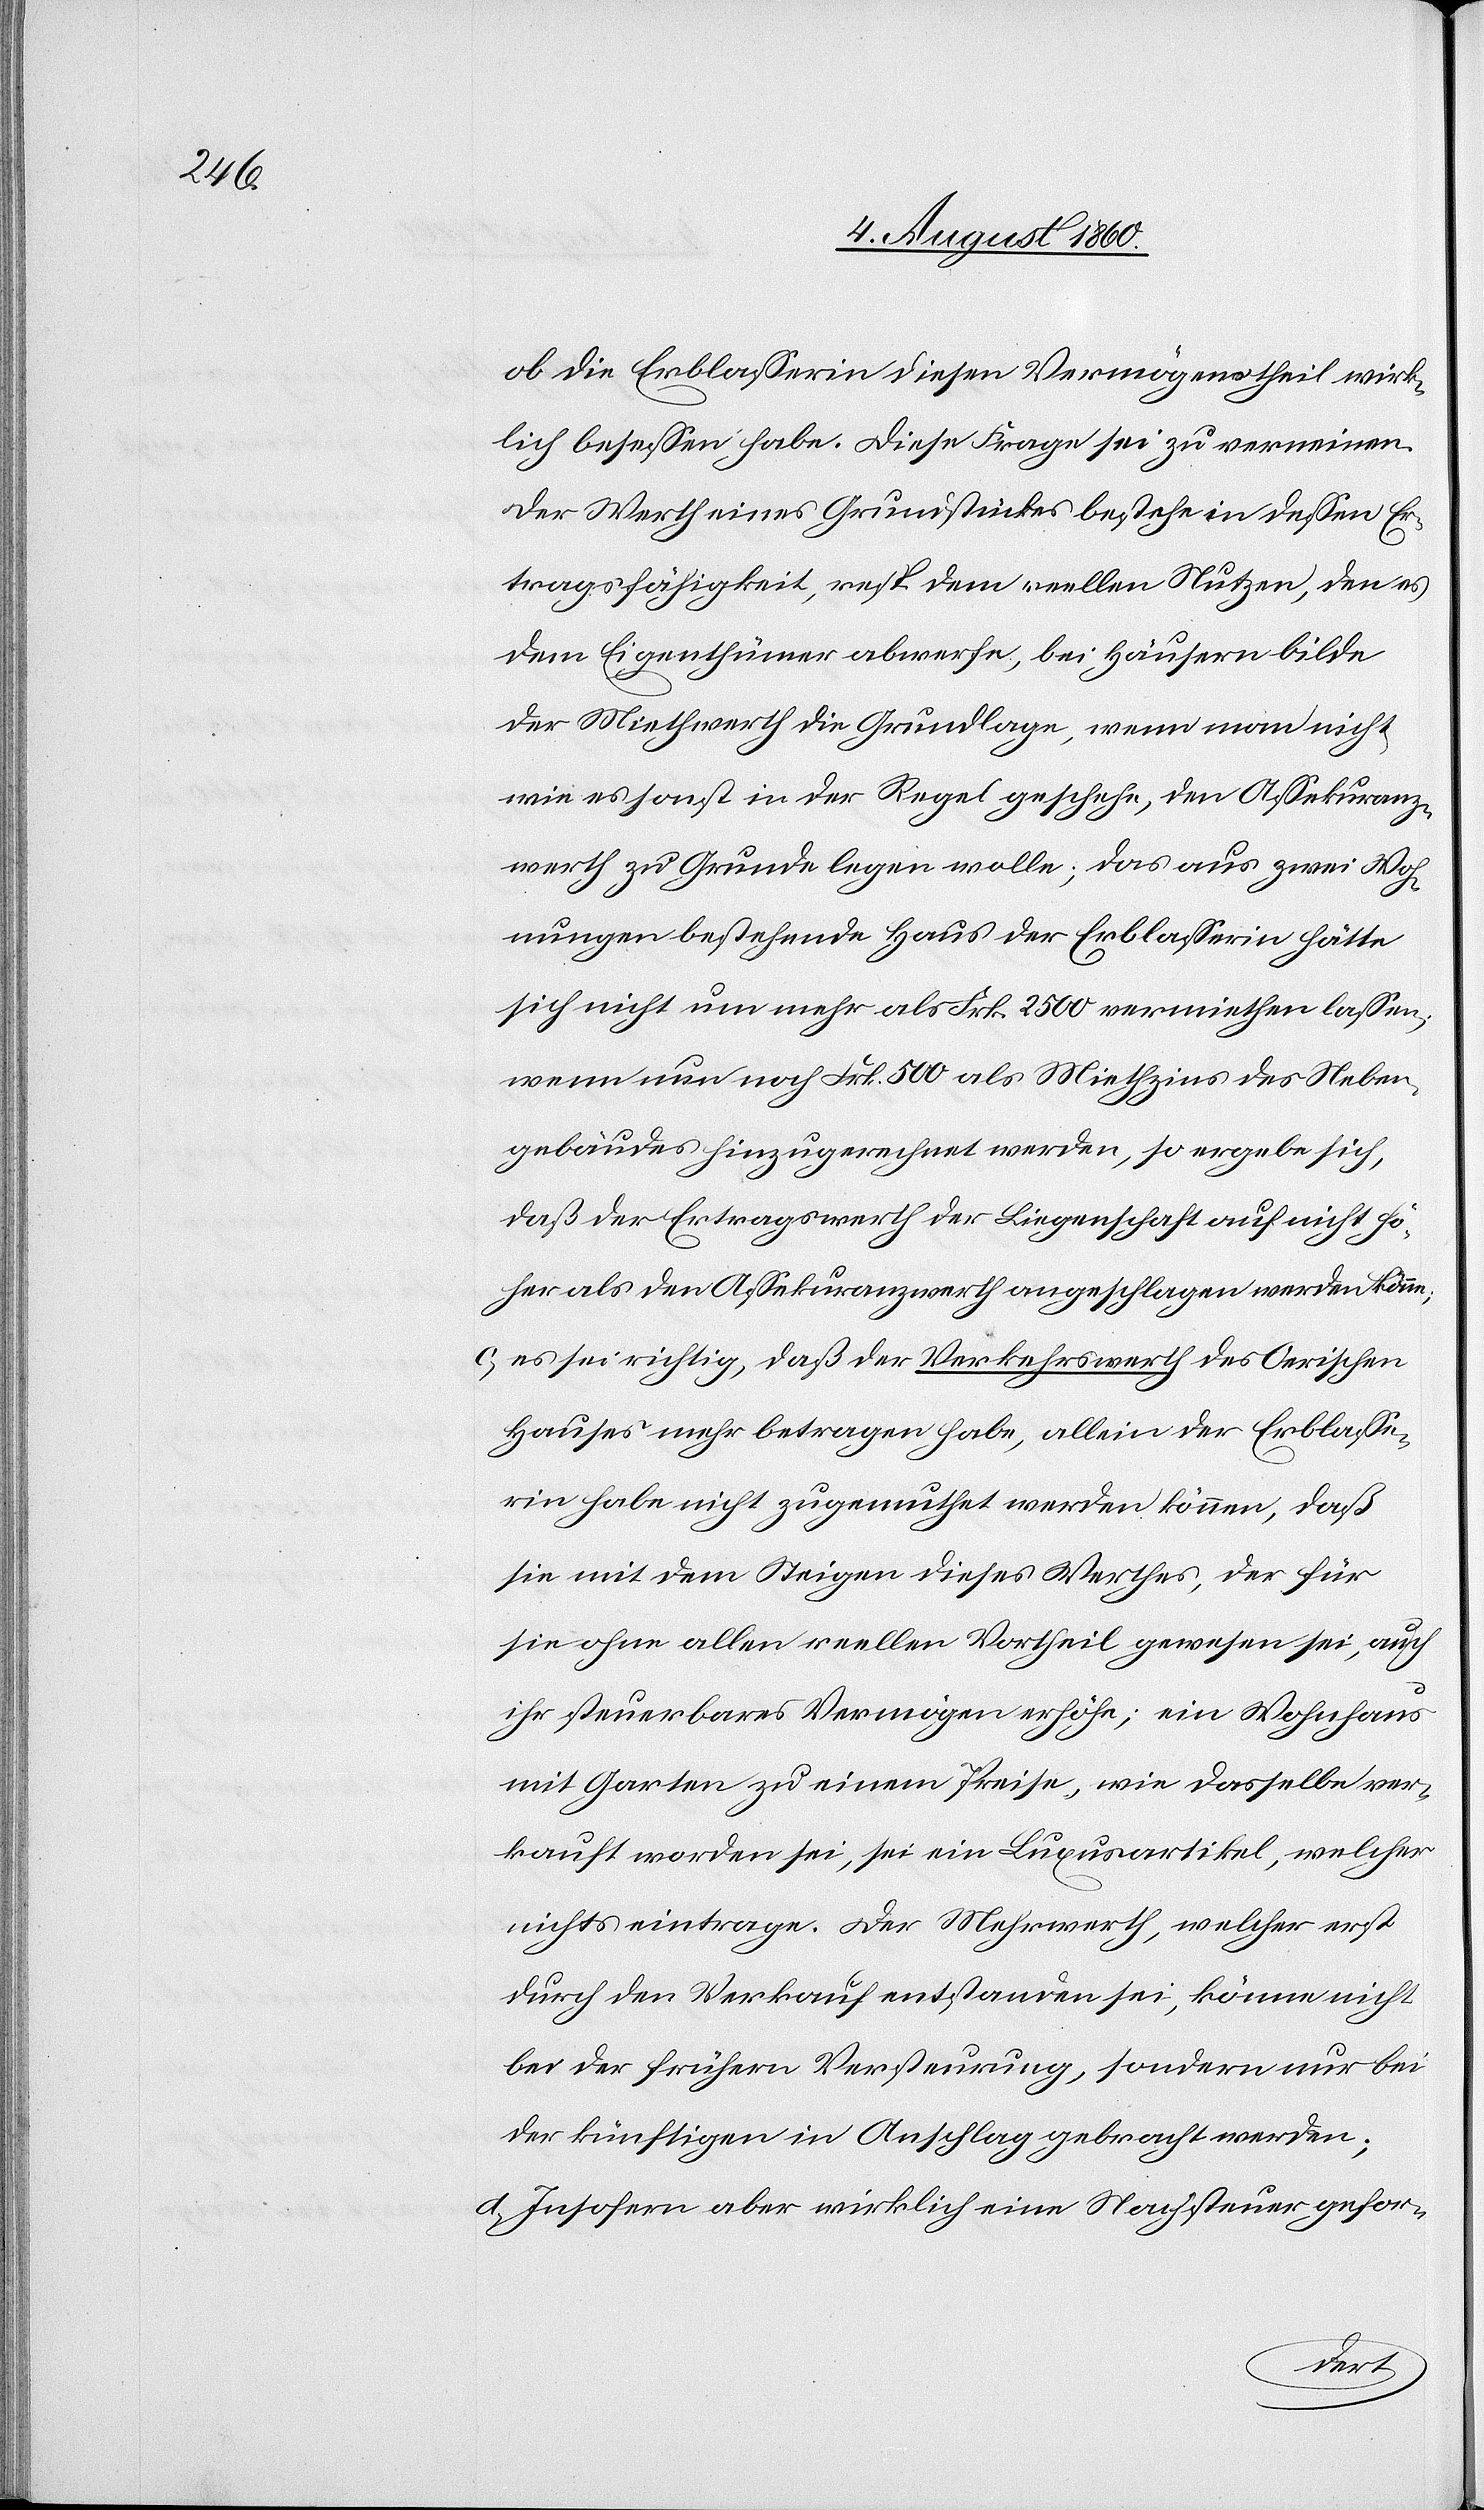
ob die Erblasserin diesen Vermögenstheil wirk¬
lich besessen habe. Diese Frage sei zu verneinen.
Der Werth eines Grundstückes bestehe in dessen Er¬
tragfähigkeit, resp. dem reellen Nutzen, den es
dem Eigenthümer abwerfe; bei Häusern bilde
der Miethwerth die Grundlage, wenn man nicht,
wie es sonst in der Regel geschehe, den Assekuranz¬
werth zu Grunde legen wolle; das aus zwei Woh¬
nungen bestehende Haus der Erblasserin hätte
sich nicht um mehr als fcs. 2500 vermiethen lassen;
wenn nun noch fcs. 500 als Miethzins des Neben¬
gebäudes hinzugerechnet werden, so ergebe sich,
dass der Ertragswerth der Liegenschaft auf nicht hö¬
her als den Assekuranzwerth angeschlagen werden könne;
c) es sei richtig, dass der Verkehrswerth des Oerischen
Hauses mehr betragen habe; allein der Erblasse¬
rin habe nicht zugemuthet werden können, dass
sie mit dem Steigen dieses Werthes, der für
sie ohne allen reellen Vortheil gewesen sei, auch
ihr steuerbares Vermögen erhöhe; ein Wohnhaus
mit Garten zu einem Preise, wie dasselbe ver¬
kauft worden se, sei ein Luxusartikel, welcher
nichts eintrage. Der Mehrwerth, welcher erst
durch den Verkauf entstanden sei, könne nicht
bei der frühern Versteuerung, sondern nur bei
der künftigen in Anschlag gebracht werden.
d) Insofern aber wirklich eine Nachsteuer gefor-